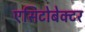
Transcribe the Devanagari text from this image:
एसिटोबेक्टर